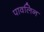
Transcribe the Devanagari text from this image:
पावलिन